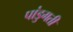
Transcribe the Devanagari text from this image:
पांडुगती